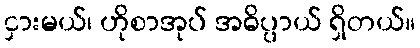
ငှားမယ်၊ ဟိုစာအုပ် အဓိပ္ပာယ် ရှိတယ်။